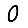
Digit: 0